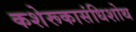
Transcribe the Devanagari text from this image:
कशेरूकासंधिशोथ